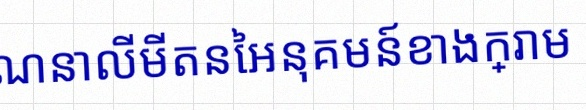
គណនាលីមីតនៃអនុគមន៍ខាងក្រោម